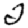
Digit: 2